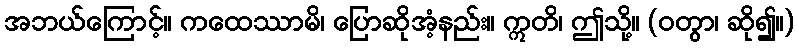
အဘယ်ကြောင့်။ ကထေဿာမိ၊ ပြောဆိုအံ့နည်း။ ဣတိ၊ ဤသို့။ (ဝတွာ၊ ဆို၍။)